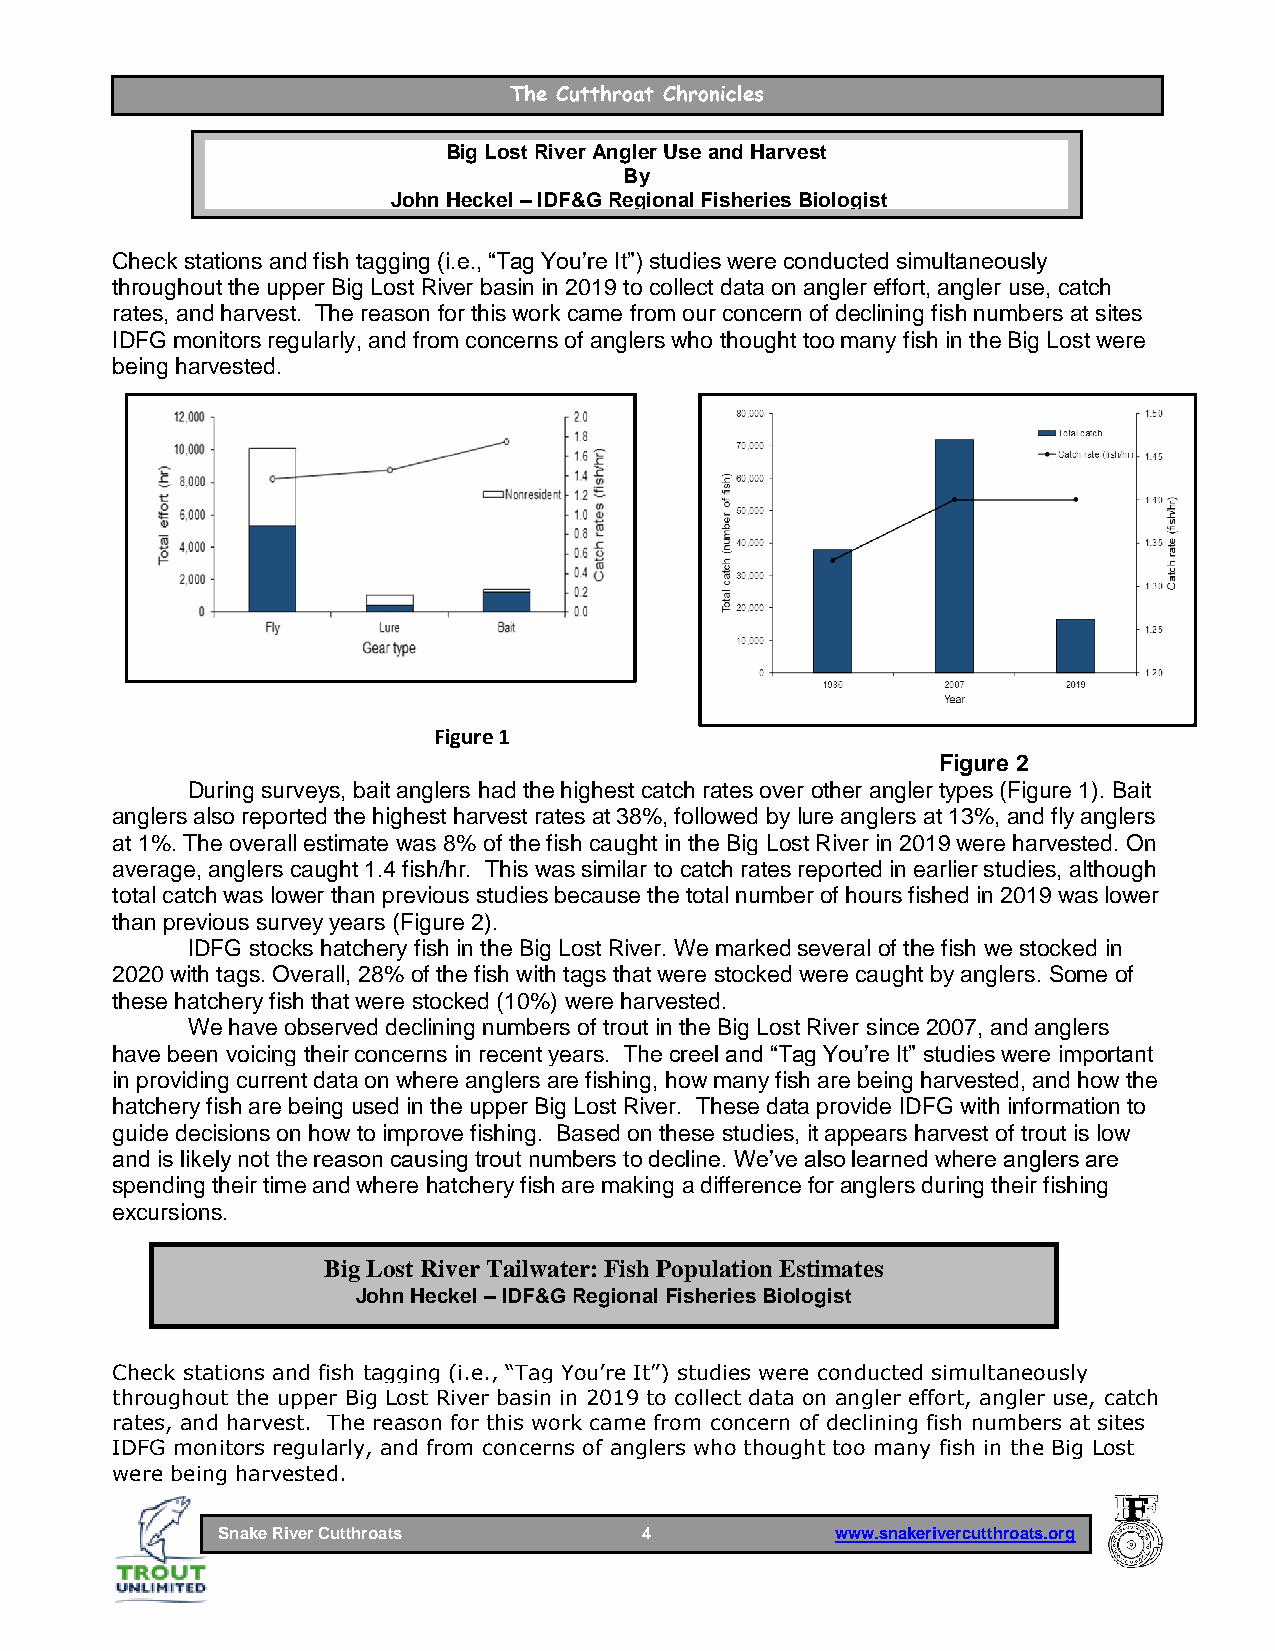
The Cutthroat Chronicles
 Big Lost River Angler Use and Harvest
 By
 John Heckel – IDF&G Regional Fisheries Biologist
 Check stations and fish tagging (i.e., “Tag You’re It”) studies were conducted simultaneously
 throughout the upper Big Lost River basin in 2019 to collect data on angler effort, angler use, catch
 rates, and harvest. The reason for this work came from our concern of declining fish numbers at sites
 IDFG monitors regularly, and from concerns of anglers who thought too many fish in the Big Lost were
 being harvested.
 Figure 1
 Figure 2
 During surveys, bait anglers had the highest catch rates over other angler types (Figure 1). Bait
 anglers also reported the highest harvest rates at 38%, followed by lure anglers at 13%, and fly anglers
 at 1%. The overall estimate was 8% of the fish caught in the Big Lost River in 2019 were harvested. On
 average, anglers caught 1.4 fish/hr. This was similar to catch rates reported in earlier studies, although
 total catch was lower than previous studies because the total number of hours fished in 2019 was lower
 than previous survey years (Figure 2).
 IDFG stocks hatchery fish in the Big Lost River. We marked several of the fish we stocked in
 2020 with tags. Overall, 28% of the fish with tags that were stocked were caught by anglers. Some of
 these hatchery fish that were stocked (10%) were harvested.
 We have observed declining numbers of trout in the Big Lost River since 2007, and anglers
 have been voicing their concerns in recent years. The creel and “Tag You’re It” studies were important
 in providing current data on where anglers are fishing, how many fish are being harvested, and how the
 hatchery fish are being used in the upper Big Lost River. These data provide IDFG with information to
 guide decisions on how to improve fishing. Based on these studies, it appears harvest of trout is low
 and is likely not the reason causing trout numbers to decline. We’ve also learned where anglers are
 spending their time and where hatchery fish are making a difference for anglers during their fishing
 excursions.
 Big Lost River Tailwater: Fish Population Estimates
 John Heckel – IDF&G Regional Fisheries Biologist
 Check stations and fish tagging (i.e., “Tag You’re It”) studies were conducted simultaneously
 throughout the upper Big Lost River basin in 2019 to collect data on angler effort, angler use, catch
 rates, and harvest. The reason for this work came from concern of declining fish numbers at sites
 IDFG monitors regularly, and from concerns of anglers who thought too many fish in the Big Lost
 were being harvested.
 Snake River Cutthroats       4           www.snakerivercutthroats.org